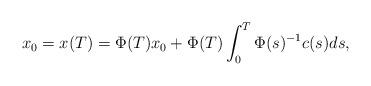
LaTeX: \begin{align*} x_0=x(T)=\Phi(T)x_0+\Phi(T) \int_0^T\Phi(s)^{-1} c(s) ds,\end{align*}